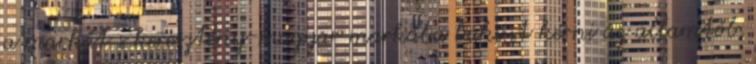
a markát s keresztény-magyar markába baksist kérni az államtól,